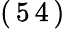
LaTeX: (\, 5\, 4\, )